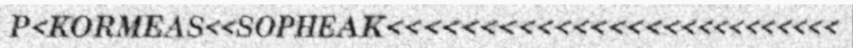
P<KORMEAS<<SOPHEAK<<<<<<<<<<<<<<<<<<<<<<<<<<